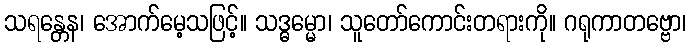
သရန္တေန၊ အောက်မေ့သဖြင့်။ သဒ္ဓမ္မော၊ သူတော်ကောင်းတရားကို။ ဂရုကာတဗ္ဗော၊